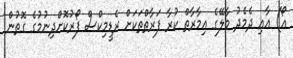
އޯ) އާއި ދެމެދު މާލޭގެ އިމާރާތް ކުރާ ފަރާތްތަކަށް ރެޑީމިކްސް ފޯރުކޮށްދިނުމުގެ ގޮތުން